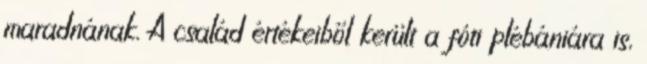
maradnának. A család értékeiből került a fóti plébániára is,